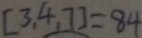
[ 3 , 4 , 7 ] = 8 4